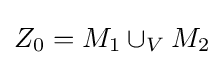
Z_{0}=M_{1}\cup _{V}M_{2}